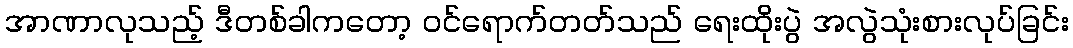
အာဏာလုသည့် ဒီတစ်ခါကတော့ ဝင်ရောက်တတ်သည် ရေးထိုးပွဲ အလွဲသုံးစားလုပ်ခြင်း